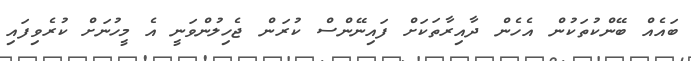
ބައެއް ބޭންކުތަކުން އެހެން ދާއިރާތަކަށް ފައިނޭންސް ކުރަން ޖެހިލުންވަނީ އެ މީހުނަށް ކުރެވިފައި